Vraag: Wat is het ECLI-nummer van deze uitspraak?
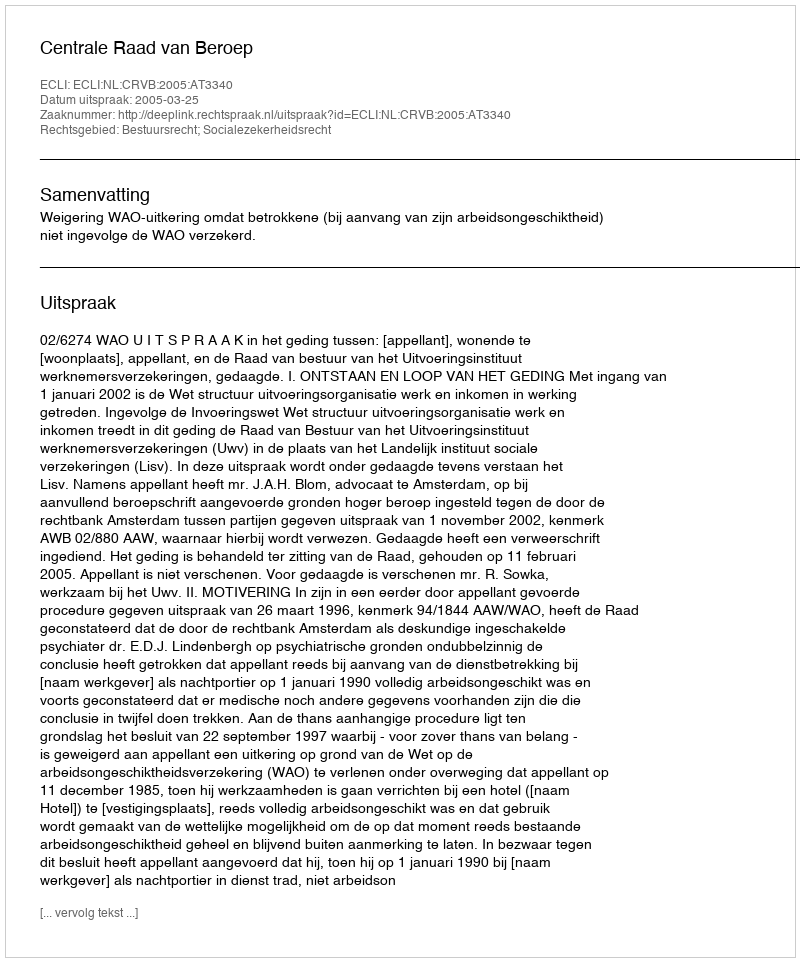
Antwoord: ECLI:NL:CRVB:2005:AT3340